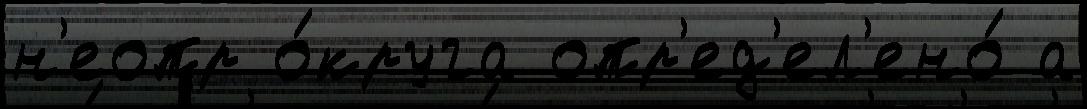
н'еопр о́круга опр'ед'ел'ено́ а